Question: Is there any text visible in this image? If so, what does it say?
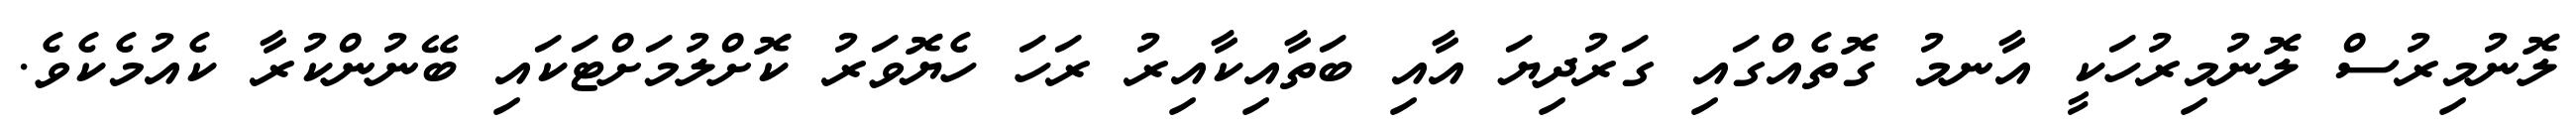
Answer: ލޮނުމިރުސް ލޮނުމިރުހަކީ އާނމު ގޮތެއްގައި ގަރުދިޔަ އާއި ބަތާއިކާއިރު ރަހަ ހެޔޮވަރު ކޮށްލުމަށްޓަކައި ބޭނުންކުރާ ކެއުމެކެވެ.